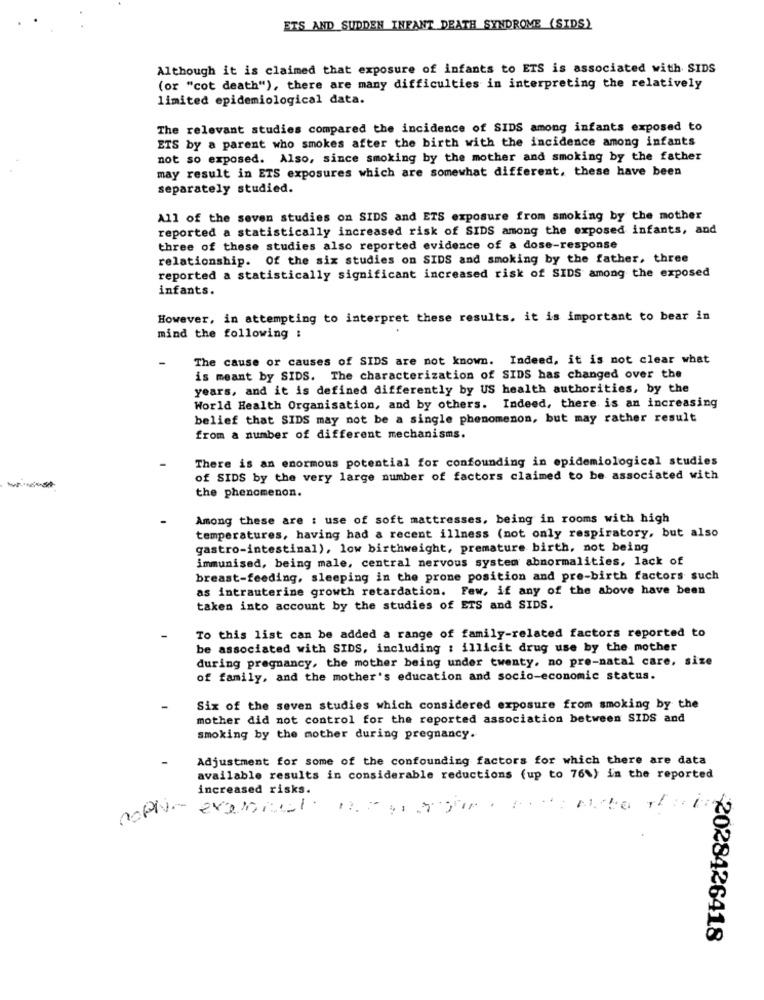
ETS AND SUDDEN INFANT DEATH SYNDROME (SIDS)
Although it is claimed that exposure of infants to ETS is associated with SIDS
(or "cot death"), there are many difficulties in interpreting the relatively
limited epidemiological data.
The relevant studies compared the incidence of SIDS among infants exposed to
ETS by a parent who smokes after the birth with the incidence among infants
not so exposed. Also, since smoking by the mother and smoking by the father
may result in ETS exposures which are somewhat different, these have been
separately studied.
All of the seven studies on SIDS and ETS exposure from smoking by the mother
reported a statistically increased risk of SIDS among the exposed infants, and
three of these studies also reported evidence of a dose-response
relationship. Of the six studies on SIDS and smoking by the father, three
reported a statistically significant increased risk of SIDS among the exposed
infants.
However, in attempting to interpret these results. it is important to bear in
mind the following :
The cause or causes of SIDS are not known. Indeed, it is not clear what
is meant by SIDS. The characterization of SIDS has changed over the
years, and it is defined differently by US health authorities, by the
World Health Organisation, and by others. Indeed, there is an increasing
belief that SIDS may not be a single phenomenon, but may rather result
from a number of different mechanisms.
There is an enormous potential for confounding in epidemiological studies
of SIDS by the very large number of factors claimed to be associated with
the phenomenon.
Among these are : use of soft mattresses, being in rooms with high
temperatures, having had a recent illness (not only respiratory, but also
gastro-intestinal), low birthweight, premature birth, not being
immunised, being male, central nervous system abnormalities, lack of
breast-feeding, sleeping in the prone position and pre-birth factors such
as intrauterine growth retardation. Few, if any of the above have been
taken into account by the studies of ETS and SIDS.
To this list can be added a range of family-related factors reported to
be associated with SIDS, including : illicit drug use by the mother
during pregnancy, the mother being under twenty, no pre-natal care, size
of family, and the mother's education and socio-economic status.
Six of the seven studies which considered exposure from smoking by the
mother did not control for the reported association between SIDS and
smoking by the mother during pregnancy.
-
Adjustment for some of the confounding factors for which there are data
available results in considerable reductions (up to 76%) in the reported
increased risks.
2028426418